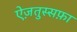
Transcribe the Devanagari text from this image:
ऐज़तुस्सफ़ा